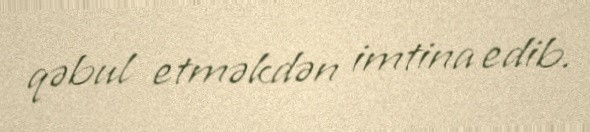
qəbul etməkdən imtina edib.